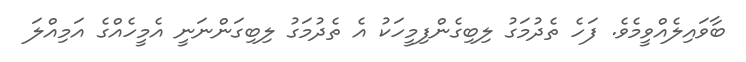
ބާވައިލެއްވީމެވެ. ފަހެ ތެދުމަގު ލިބިގެންފިމީހަކު އެ ތެދުމަގު ލިބިގަންނަނީ އެމީހެއްގެ އަމިއްލަ